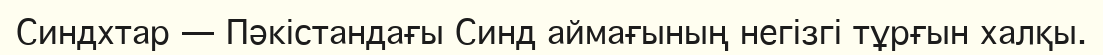
Синдхтар — Пәкістандағы Синд аймағының негізгі тұрғын халқы.